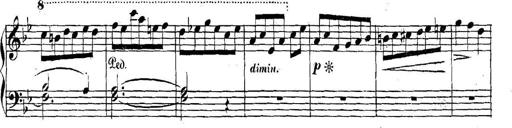
Title: Collected Piano Sonatas
Composer: Muzio Clementi